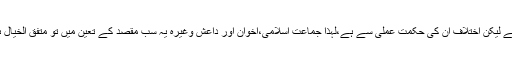
ہم عموماً کہتے ہیں کہ طالبان کی سوچ درست ہے لیکن اختلاف ان کی حکمت عملی سے ہے،لہذا جماعت اسلامی،اخوان اور داعش وغیرہ یہ سب مقصد کے تعین میں تو متفق الخیال ہیں ،اگر اختلاف ہے تو وہ حکمت عملی میں ہے۔